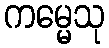
ကမ္မေသု